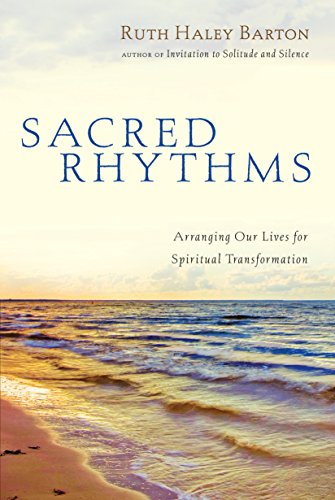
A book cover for Sacred Rhythms: Arranging Our Lives for Spiritual Transformation; Ruth Haley Barton; Health, Fitness & Dieting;